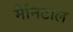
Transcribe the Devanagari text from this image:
मैनिटाल